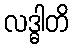
လဒ္ဓါတိ